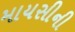
માયસીની